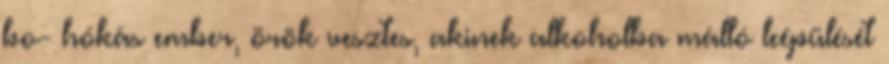
bo- hókás ember, örök vesztes, akinek alkoholba málló leépülését